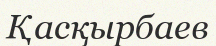
Қасқырбаев